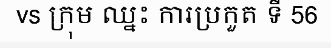
vs ក្រុម ឈ្នះ ការប្រកួត ទី 56